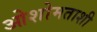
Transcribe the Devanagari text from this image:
ओशोमताशी